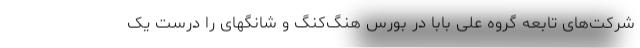
شرکت‌های تابعه گروه علی بابا در بورس هنگ‌کنگ و شانگهای را درست یک